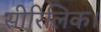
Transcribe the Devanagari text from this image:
सीरिलिक।